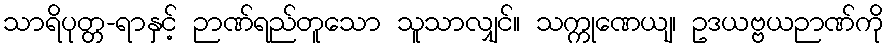
သာရိပုတ္တ-ရာနှင့် ဉာဏ်ရည်တူသော သူသာလျှင်။ သက္ကုဏေယျ၊ ဥဒယဗ္ဗယဉာဏ်ကို